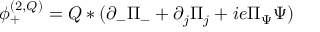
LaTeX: \phi _ { + } ^ { ( 2 , { \cal Q } ) } = { \cal Q } \ast ( \partial _ { - } \Pi _ { - } + \partial _ { j } \Pi _ { j } + i e \Pi _ { \Psi } \Psi )